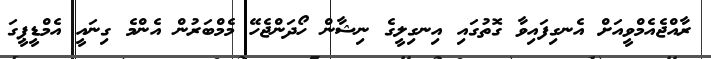
ރާއްޖެއެމްވީއަށް އެނގިފައިވާ ގޮތުގައި އިނގިލީގެ ނިޝާން ހޯދަންޖެހޭ މެމްބަރުން އެންމެ ގިނައީ އެމްޑީޕީގަ